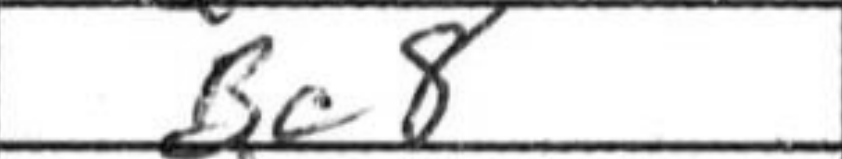
Transcription: Bc8